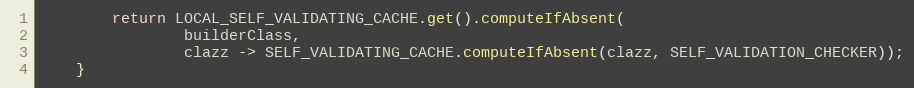
Language: Java
        return LOCAL_SELF_VALIDATING_CACHE.get().computeIfAbsent(
                builderClass,
                clazz -> SELF_VALIDATING_CACHE.computeIfAbsent(clazz, SELF_VALIDATION_CHECKER));
    }